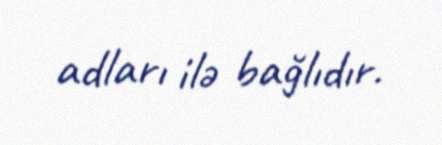
adları ilə bağlıdır.